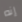
إنه